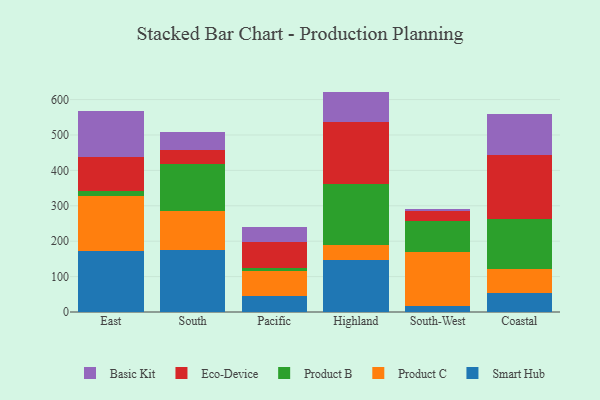
{"axis": {"x": "Region", "y": "Headcount"}, "legend": ["Basic Kit", "Eco-Device", "Product B", "Product C", "Smart Hub"], "data": [{"x": "East", "y": 173.5, "type": "Smart Hub"}, {"x": "East", "y": 154.7, "type": "Product C"}, {"x": "East", "y": 12.3, "type": "Product B"}, {"x": "East", "y": 96.1, "type": "Eco-Device"}, {"x": "East", "y": 132.5, "type": "Basic Kit"}, {"x": "South", "y": 174.3, "type": "Smart Hub"}, {"x": "South", "y": 110.2, "type": "Product C"}, {"x": "South", "y": 134.1, "type": "Product B"}, {"x": "South", "y": 40.0, "type": "Eco-Device"}, {"x": "South", "y": 49.7, "type": "Basic Kit"}, {"x": "Pacific", "y": 45.8, "type": "Smart Hub"}, {"x": "Pacific", "y": 69.9, "type": "Product C"}, {"x": "Pacific", "y": 8.6, "type": "Product B"}, {"x": "Pacific", "y": 73.7, "type": "Eco-Device"}, {"x": "Pacific", "y": 42.4, "type": "Basic Kit"}, {"x": "Highland", "y": 147.3, "type": "Smart Hub"}, {"x": "Highland", "y": 41.9, "type": "Product C"}, {"x": "Highland", "y": 172.7, "type": "Product B"}, {"x": "Highland", "y": 175.7, "type": "Eco-Device"}, {"x": "Highland", "y": 84.9, "type": "Basic Kit"}, {"x": "South-West", "y": 17.2, "type": "Smart Hub"}, {"x": "South-West", "y": 152.1, "type": "Product C"}, {"x": "South-West", "y": 86.4, "type": "Product B"}, {"x": "South-West", "y": 30.5, "type": "Eco-Device"}, {"x": "South-West", "y": 5.3, "type": "Basic Kit"}, {"x": "Coastal", "y": 53.7, "type": "Smart Hub"}, {"x": "Coastal", "y": 67.4, "type": "Product C"}, {"x": "Coastal", "y": 142.9, "type": "Product B"}, {"x": "Coastal", "y": 178.5, "type": "Eco-Device"}, {"x": "Coastal", "y": 115.5, "type": "Basic Kit"}]}